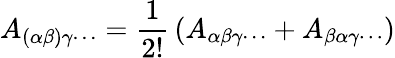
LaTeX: A_{(\alpha\beta)\gamma\cdots}={\frac{1}{2!}}\left(A_{\alpha\beta\gamma\cdots}+A_{\beta\alpha\gamma\cdots}\right)